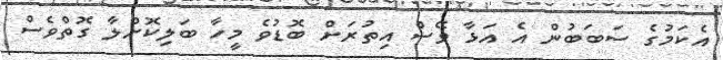
އެކަމުގެ ސަބަބުން އެ އަޅާ ވޭސް އިތުރަށް ބޮޑުވެ މީހާ ބަލިކޮށްލާ ގޮތްވެސް